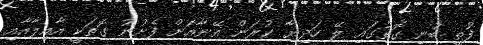
ފުތީ ބުނި ގޮތުގައި ލޭ ހަދިޔާ ކުރަން އޭނާއަށް ފެށުނު ގޮތަކީ އާއިލާއާއި